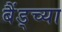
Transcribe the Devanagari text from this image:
बैंड्च्या